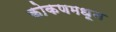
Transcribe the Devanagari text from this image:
कोकणमधून